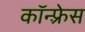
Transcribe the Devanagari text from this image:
कॉन्फ़्रेस